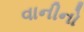
વાનીનો